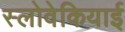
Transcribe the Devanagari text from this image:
स्लोवेकियाई